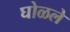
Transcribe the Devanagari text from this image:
घोळले